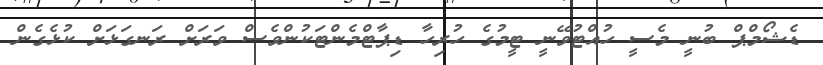
ޑެޝޯމްޕް ބުނީ މެސީ ހުއްޓުވޭނީ ޓީމުގެ ހުރިހާ ޑިޕާޓްމެންޓަކުންވެސް ވަރަށް ރަނގަޅަށް ކުޅެގެން